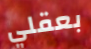
بعقلي